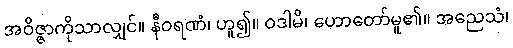
အဝိဇ္ဇာကိုသာလျှင်။ နီဝရဏံ၊ ဟူ၍။ ဝဒါမိ၊ ဟောတော်မူ၏။ အညေသံ၊